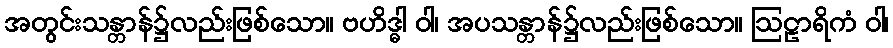
အတွင်းသန္တာန်၌လည်းဖြစ်သော။ ဗဟိဒ္ဓါ ဝါ၊ အပသန္တာန်၌လည်းဖြစ်သော။ ဩဠာရိကံ ဝါ၊